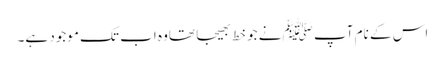
اس کے نام آپ ﷺنے جو خط بھیجا تھاوہ اب تک موجود ہے۔